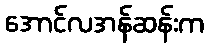
အောင်လအန်ဆန်းက